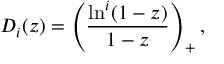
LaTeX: { \cal D } _ { i } ( z ) = \left( \frac { \ln ^ { i } ( 1 - z ) } { 1 - z } \right) _ { + } ,